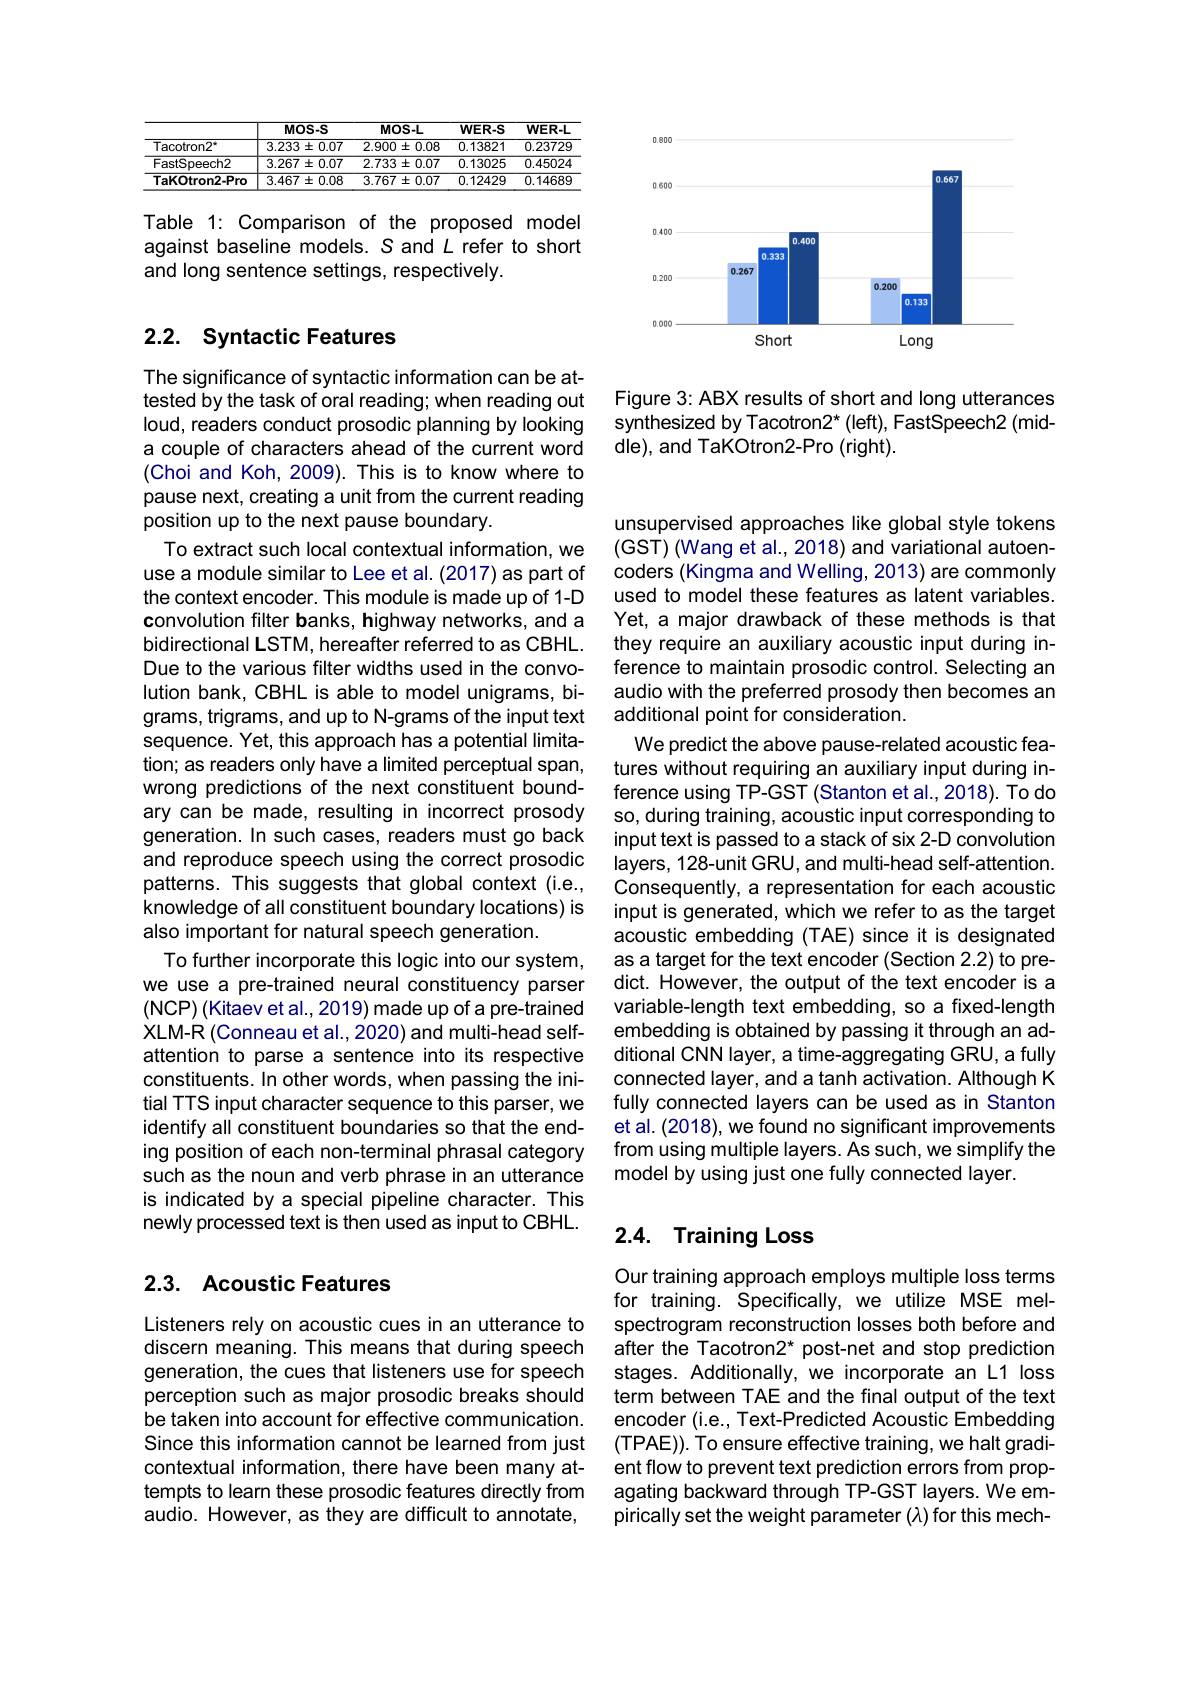
<table>
	<tbody>
		<tr>
			<th> </th>
			<th>MOS-S</th>
			<th>MOS-L</th>
			<th>WER-S</th>
			<th>WER-L</th>
		</tr>
		<tr>
			<td>Tacotron2</td>
			<td>$3.233\pm0.07$</td>
			<td>$2.900\pm0.08$</td>
			<td>0.13821</td>
			<td>0.23729</td>
		</tr>
		<tr>
			<td>FastSpeech2</td>
			<td>$3.267\pm0.07$</td>
			<td>$2.733\pm0.07$</td>
			<td>0.13025</td>
			<td>0.45024</td>
		</tr>
		<tr>
			<td>TaKotron2-Pro</td>
			<td>$3.467\pm0.08$</td>
			<td>$3.767\pm0.07$</td>
			<td>0.12429</td>
			<td>0.14689</td>
		</tr>
	</tbody>
</table>

Table 1: Comparison of the proposed model against baseline models. S and L refer to short and long sentence settings, respectively.

## 2.2. Syntactic Features

The significance of syntactic information can be attested by the task of oral reading; when reading out loud, readers conduct prosodic planning by looking a couple of characters ahead of the current word (Choi and Koh, 2009). This is to know where to pause next, creating a unit from the current reading position up to the next pause boundary.
To extract such local contextual information, we use a module similar to Lee et al. (2017) as part of the context encoder. This module is made up of 1-D convolution filter banks, highway networks, and a bidirectional LSTM, hereafter referred to as CBHL. Due to the various filter widths used in the convolution bank, CBHL is able to model unigrams, bigrams, trigrams, and up to N-grams of the input text sequence. Yet, this approach has a potential limitation; as readers only have a limited perceptual span, wrong predictions of the next constituent boundary can be made, resulting in incorrect prosody generation. In such cases, readers must go back and reproduce speech using the correct prosodic patterns. This suggests that global context (i.e., knowledge of all constituent boundary locations) is also important for natural speech generation.
To further incorporate this logic into our system, we use a pre-trained neural constituency parser $(\mathsf{NCP})(\mathsf{Kitaev~et~al.,~2019)~made~up~of~a~pre-trained}$ XLM-R (Conneau et al., 2020) and multi-head selfattention to parse a sentence into its respective constituents. In other words, when passing the initial TTS input character sequence to this parser, we identify all constituent boundaries so that the ending position of each non-terminal phrasal category such as the noun and verb phrase in an utterance is indicated by a special pipeline character. This newly processed text is then used as input to CBHL.

## 2.3. Acoustic Features

Listeners rely on acoustic cues in an utterance to discern meaning. This means that during speech generation, the cues that listeners use for speech perception such as major prosodic breaks should be taken into account for effective communication. Since this information cannot be learned from just contextual information, there have been many attempts to learn these prosodic features directly from audio. However, as they are difficult to annotate,

<FigureHere>

Figure 3: ABX results of short and long utterances synthesized by Tacotron2$^*$ (left), FastSpeech2 (middle), and TaKOtron2-Pro (right).

unsupervised approaches like global style tokens (GST) (Wang et al., 2018) and variational autoencoders (Kingma and Welling, 2013) are commonly used to model these features as latent variables. Yet, a major drawback of these methods is that they require an auxiliary acoustic input during inference to maintain prosodic control. Selecting an audio with the preferred prosody then becomes an additional point for consideration.
We predict the above pause-related acoustic features without requiring an auxiliary input during inference using TP-GST (Stanton et al., 2018). To do so, during training, acoustic input corresponding to input text is passed to a stack of six 2-D convolution layers, 128-unit GRU, and multi-head self-attention. Consequently, a representation for each acoustic input is generated, which we refer to as the target acoustic embedding (TAE) since it is designated as a target for the text encoder (Section 2.2) to predict. However, the output of the text encoder is a variable-length text embedding, so a fixed-length embedding is obtained by passing it through an additional CNN layer, a time-aggregating GRU, a fully connected layer, and a tanh activation. Although K fully connected layers can be used as in Stanton et al. (2018), we found no significant improvements from using multiple layers. As such, we simplify the model by using just one fully connected layer.

## 2.4. Training Loss

Our training approach employs multiple loss terms for training. Specifically, we utilize MSE melspectrogram reconstruction losses both before and after the Tacotron2* post-net and stop prediction stages. Additionally, we incorporate an L1 loss term between TAE and the final output of the text encoder (i.e., Text-Predicted Acoustic Embedding (TPAE)). To ensure effective training, we halt gradient flow to prevent text prediction errors from propagating backward through TP-GST layers. We empirically set the weight parameter $(\lambda)$ for this mech-